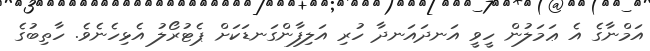
އަމްނާގެ އެ ޢަމަލުން ހީވީ އަނދައަނދާ ހުރި އަލިފާންގަނޑަކަށް ޕެޓުރޯލު އެޅިހެނެވެ. ހާތިބުގެ